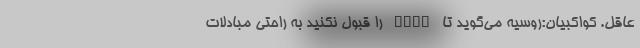
عاقل. کواکبیان:روسیه می‌گوید تا fatf را قبول نکنید به راحتی مبادلات